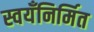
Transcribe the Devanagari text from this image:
स्वयँनिर्मित